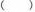
()